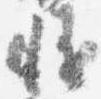
慥